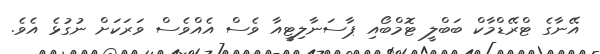
އޭނާގެ ޓްރޭޑްމާކް ބަބްލީ ޓޮމްބޯއި ޕާސަނާލިޓީއާ ވެސް އެއްވެސް ވަރަކަށް ނުގުޅެ އެވެ.